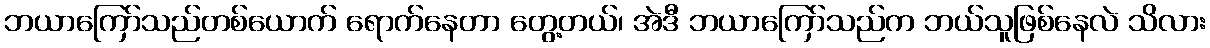
ဘယာကြော်သည်တစ်ယောက် ရောက်နေတာ တွေ့တယ်၊ အဲဒီ ဘယာကြော်သည်က ဘယ်သူဖြစ်နေလဲ သိလား